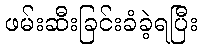
ဖမ်းဆီးခြင်းခံခဲ့ရပြီး